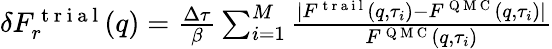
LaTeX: \begin{array}{r}{\delta F_{r}^{\mathrm{~t~r~i~a~l~}}(q)=\frac{\Delta\tau}{\beta}\sum_{i=1}^{M}\frac{|F^{\mathrm{~t~r~a~i~l~}}(q,\tau_{i})-F^{\mathrm{~Q~M~C~}}(q,\tau_{i})|}{F^{\mathrm{~Q~M~C~}}(q,\tau_{i})}}\end{array}